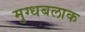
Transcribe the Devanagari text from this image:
मुग्धबलाक